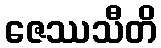
ဇေဿသီတိ